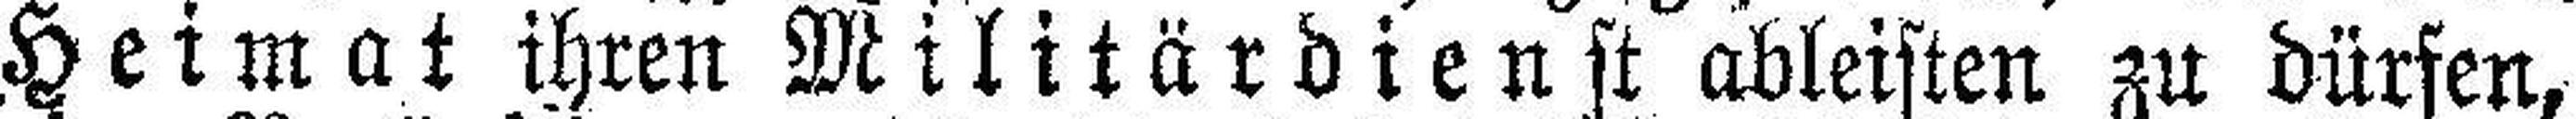
Heimat ihren Militärdienst ableisten zu dürfen,